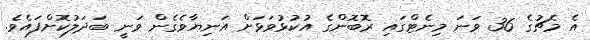
އެ މެޗުގެ 36 ވަނަ މިނެޓްގައި ރޮބޮންގެ އުކުޅުވަޅަށް އަނިޔާވެގެން ވަނީ ބަދަލުކޮށްފައެވެ.